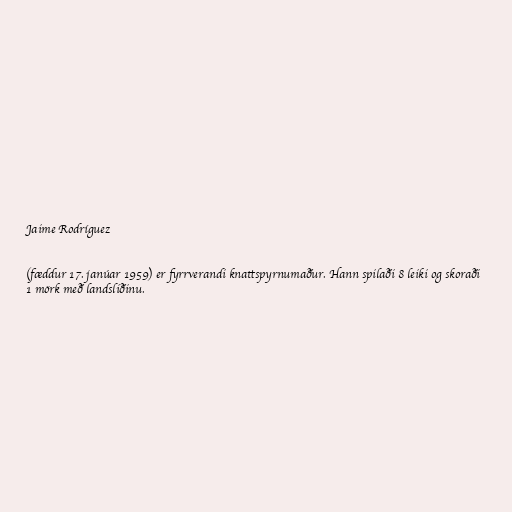
Jaime Rodríguez

(fæddur 17. janúar 1959) er fyrrverandi knattspyrnumaður. Hann spilaði 8 leiki og skoraði
1 mörk með landsliðinu.